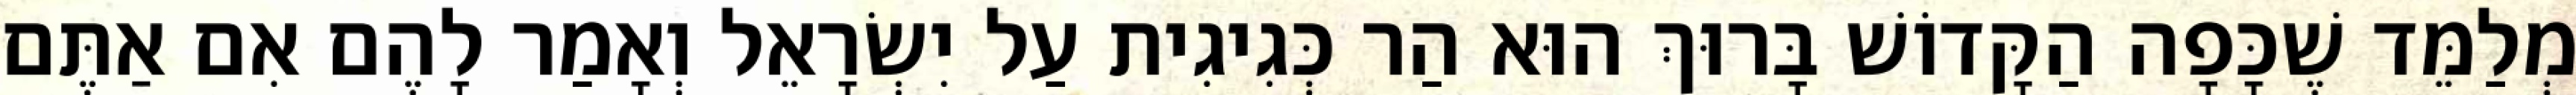
מְלַמֵּד שֶׁכָּפָה הַקָּדוֹשׁ בָּרוּךְ הוּא הַר כְּגִיגִית עַל יִשְׂרָאֵל וְאָמַר לָהֶם אִם אַתֶּם